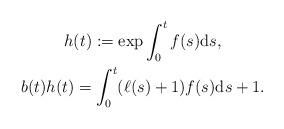
LaTeX: \begin{gather*}h(t) :=\exp\int_{0}^{t}f(s) \mathrm{d}s,\\b(t) h(t) =\int_{0}^{t}( \ell (s) +1) f(s) \mathrm{d}s+1.\end{gather*}